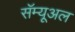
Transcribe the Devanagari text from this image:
सॅम्यूअल